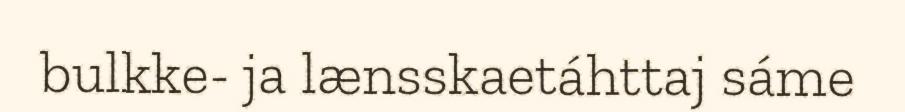
bulkke- ja lænsskaetáhttaj sáme